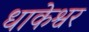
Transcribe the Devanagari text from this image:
धाकेश्वर